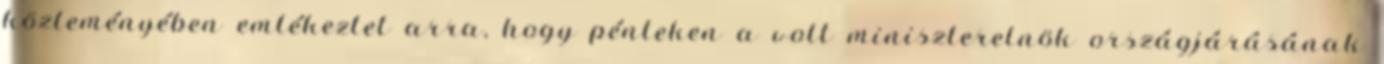
közleményében emlékeztet arra, hogy pénteken a volt miniszterelnök országjárásának